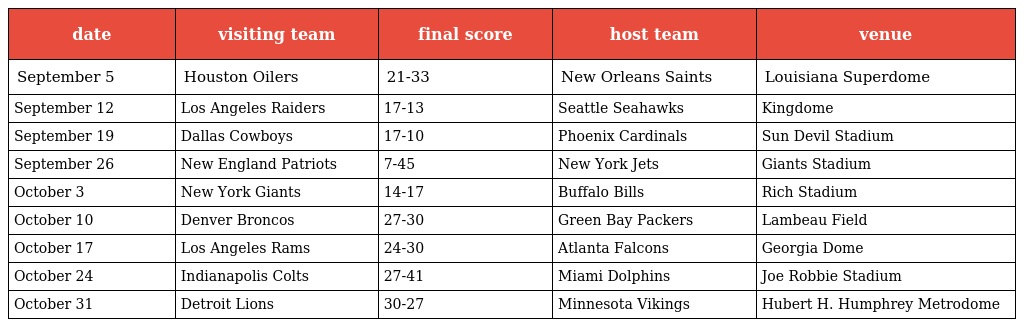
| date | visiting team | final score | host team | venue |
 | --- | --- | --- | --- | --- |
 | September 5 | Houston Oilers | 21-33 | New Orleans Saints | Louisiana Superdome |
 | September 12 | Los Angeles Raiders | 17-13 | Seattle Seahawks | Kingdome |
 | September 19 | Dallas Cowboys | 17-10 | Phoenix Cardinals | Sun Devil Stadium |
 | September 26 | New England Patriots | 7-45 | New York Jets | Giants Stadium |
 | October 3 | New York Giants | 14-17 | Buffalo Bills | Rich Stadium |
 | October 10 | Denver Broncos | 27-30 | Green Bay Packers | Lambeau Field |
 | October 17 | Los Angeles Rams | 24-30 | Atlanta Falcons | Georgia Dome |
 | October 24 | Indianapolis Colts | 27-41 | Miami Dolphins | Joe Robbie Stadium |
 | October 31 | Detroit Lions | 30-27 | Minnesota Vikings | Hubert H. Humphrey Metrodome |